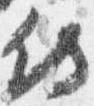
侍